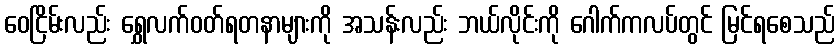
ဝေငြိမ်းလည်း ရွှေလက်ဝတ်ရတနာများကို အသန်းလည်း ဘယ်လိုင်းကို ဂေါက်ကလပ်တွင် မြင်ရစေသည်